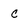
Character: c